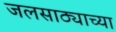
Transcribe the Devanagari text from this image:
जलसाठ्याच्या